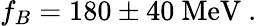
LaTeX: f_{B}=180\pm 40\ \mathrm{MeV}\ .